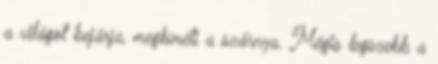
a világot bejárja, megkíméli a szárnya. Mégis legszebb a